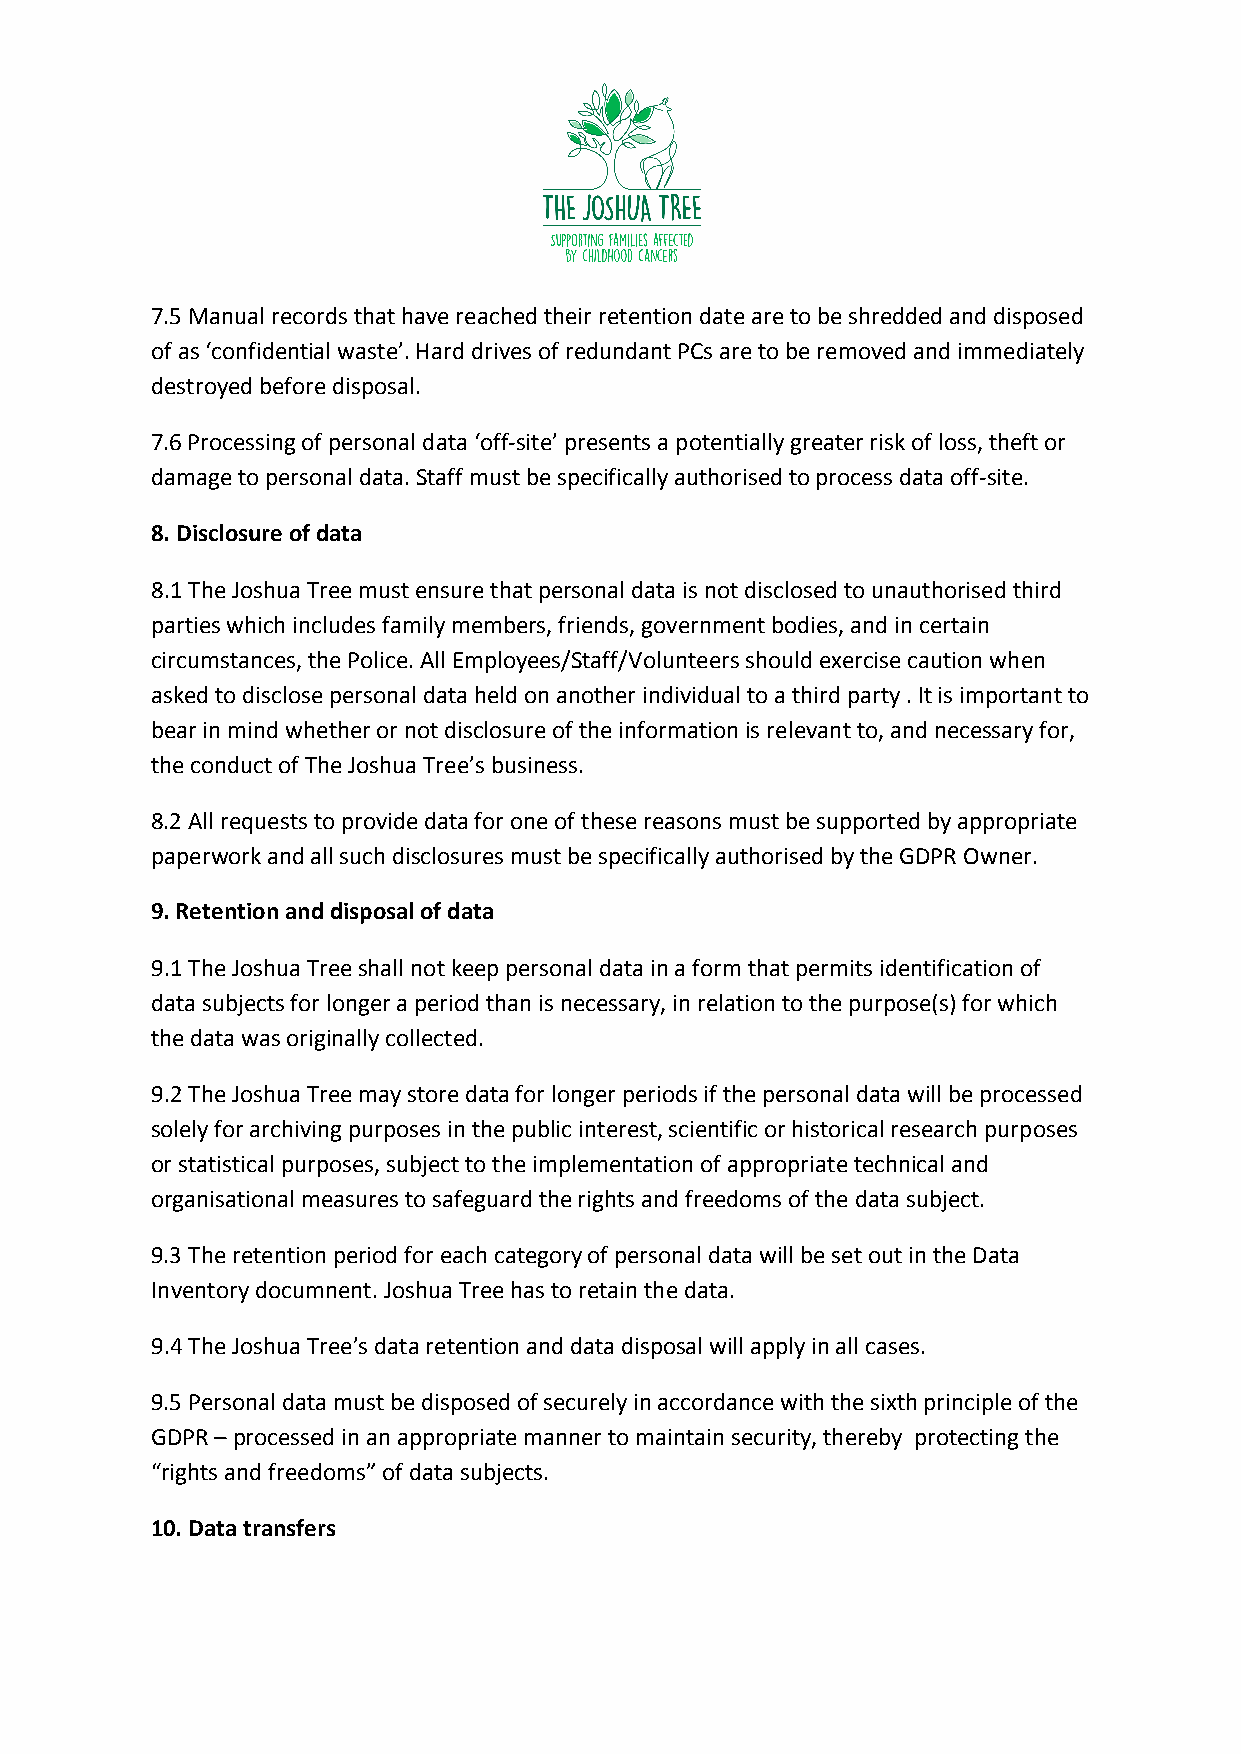
7.5 Manual records that have reached their retention date are to be shredded and disposed
 of as ‘confidential waste’. Hard drives of redundant PCs are to be removed and immediately
 destroyed before disposal.
 7.6 Processing of personal data ‘off-site’ presents a potentially greater risk of loss, theft or
 damage to personal data. Staff must be specifically authorised to process data off-site.
 8. Disclosure of data
 8.1 The Joshua Tree must ensure that personal data is not disclosed to unauthorised third
 parties which includes family members, friends, government bodies, and in certain
 circumstances, the Police. All Employees/Staff/Volunteers should exercise caution when
 asked to disclose personal data held on another individual to a third party . It is important to
 bear in mind whether or not disclosure of the information is relevant to, and necessary for,
 the conduct of The Joshua Tree’s business.
 8.2 All requests to provide data for one of these reasons must be supported by appropriate
 paperwork and all such disclosures must be specifically authorised by the GDPR Owner.
 9. Retention and disposal of data
 9.1 The Joshua Tree shall not keep personal data in a form that permits identification of
 data subjects for longer a period than is necessary, in relation to the purpose(s) for which
 the data was originally collected.
 9.2 The Joshua Tree may store data for longer periods if the personal data will be processed
 solely for archiving purposes in the public interest, scientific or historical research purposes
 or statistical purposes, subject to the implementation of appropriate technical and
 organisational measures to safeguard the rights and freedoms of the data subject.
 9.3 The retention period for each category of personal data will be set out in the Data
 Inventory documnent. Joshua Tree has to retain the data.
 9.4 The Joshua Tree’s data retention and data disposal will apply in all cases.
 9.5 Personal data must be disposed of securely in accordance with the sixth principle of the
 GDPR – processed in an appropriate manner to maintain security, thereby protecting the
 “rights and freedoms” of data subjects.
 10. Data transfers